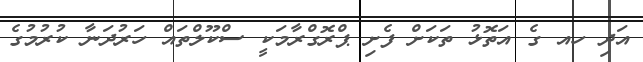
އަދި ހއ ގެ އަތޮޅު ތަކަށް ފެށި ޕްރޮގްރާމަކީ ސްކޫލްތައް ހަރުދަނާ ކުރުމުގެ